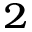
_ { 2 }